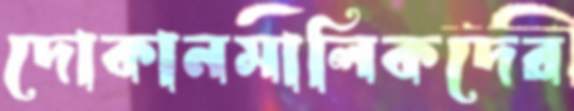
দোকানমালিকদের